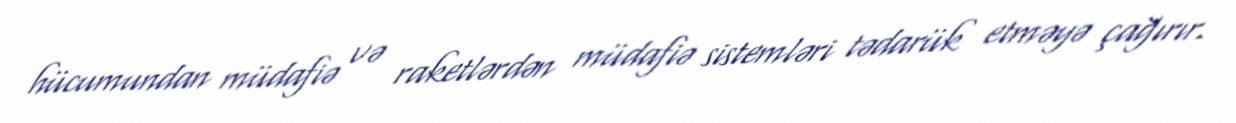
hücumundan müdafiə və raketlərdən müdafiə sistemləri tədarük etməyə çağırır.